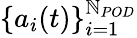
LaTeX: \{ a_{i}(t)\} _{i=1}^{\mathbb{N}_{POD}}